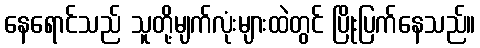
နေရောင်သည် သူတို့မျက်လုံးများထဲတွင် ပြိုးပြက်နေသည်။